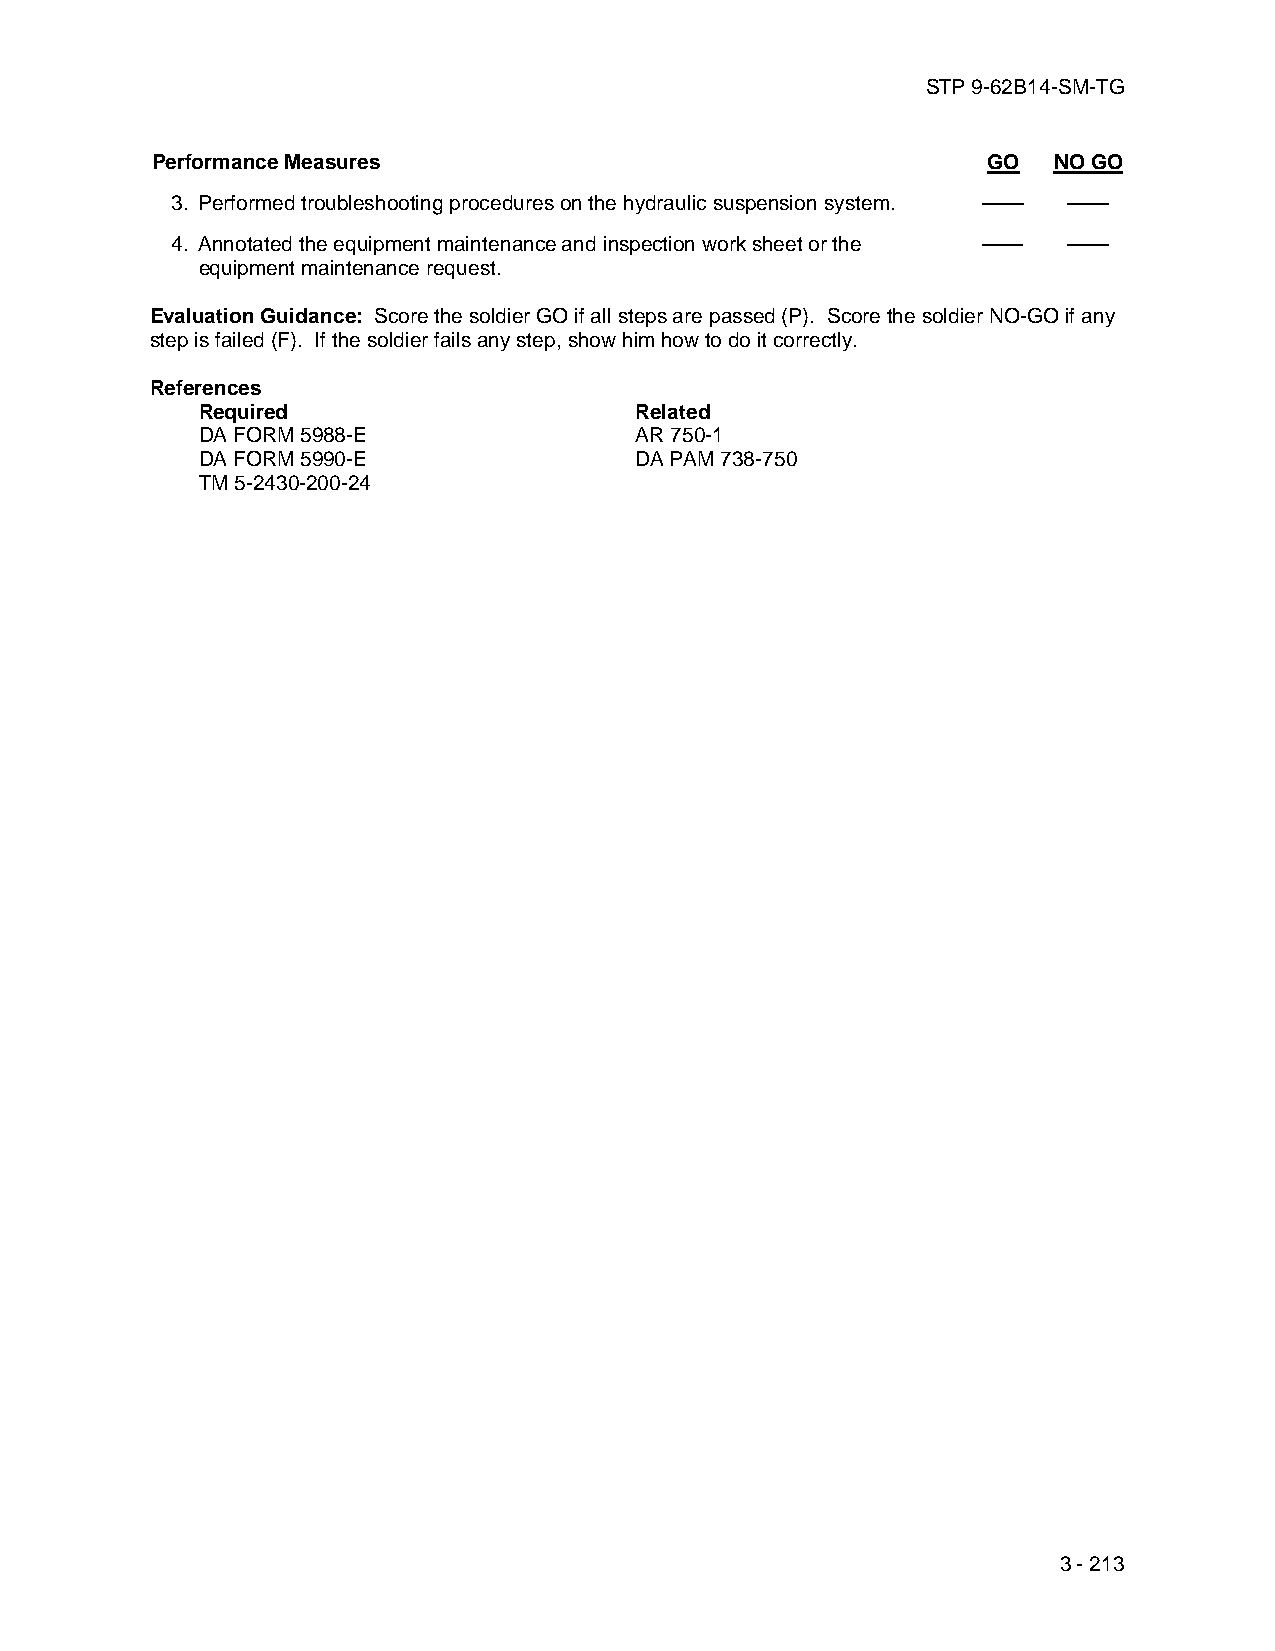
STP 9-62B14-SM-TG
 Performance Measures                                   GO   NO GO
 3. Performed troubleshooting procedures on the hydraulic suspension system. —— ——
 4. Annotated the equipment maintenance and inspection work sheet or the —— ——
 equipment maintenance request.
 Evaluation Guidance: Score the soldier GO if all steps are passed (P). Score the soldier NO-GO if any
 step is failed (F). If the soldier fails any step, show him how to do it correctly.
 References
 Required                     Related
 DA FORM 5988-E               AR 750-1
 DA FORM 5990-E               DA PAM 738-750
 TM 5-2430-200-24
 3 - 213